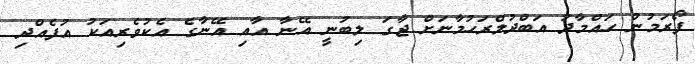
ފޯރަމުން ހައްމާދު އަބްދުލްރަހުމާނަށް ޖާގަ ލިބުނީ އޭނާ އާއި އޭނާގެ އެކުވެރިއަކު އުފެއްދި